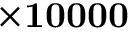
\mathbf { \times 1 0 0 0 0 }